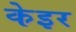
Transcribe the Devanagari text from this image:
केइर